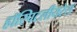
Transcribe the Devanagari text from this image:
हॉस्पिटलीयरेस